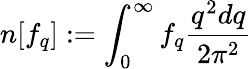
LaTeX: n[f_{q}]:=\int_{0}^{\infty}f_{q}\frac{q^{2}dq}{2\pi^{2}}